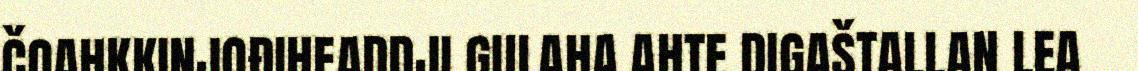
ČOAHKKINJOĐIHEADDJI GULAHA AHTE DIGAŠTALLAN LEA